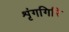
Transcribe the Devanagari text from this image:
शृंगगिरि